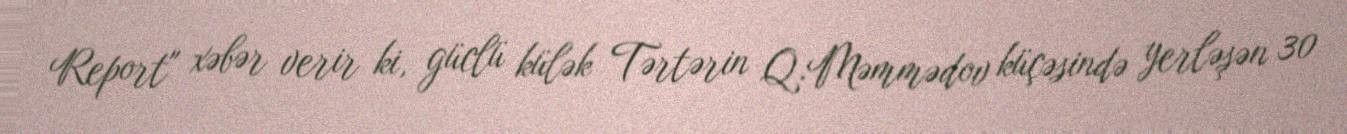
Report" xəbər verir ki, güclü külək Tərtərin Q.Məmmədov küçəsində yerləşən 30